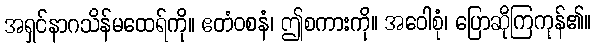
အရှင်နာဂသိန်မထေရ်ကို။ ဧတံဝစနံ၊ ဤစကားကို။ အဝေါစုံ၊ ပြောဆိုကြကုန်၏။